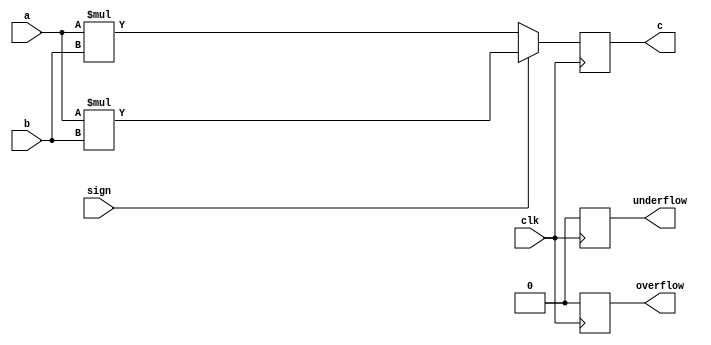
module fixed_point_mul
#(parameter i_p1=3,f_p1=4,
            i_p2=3,f_p2=4,
            i_p3=6,f_p3=8,
            o_ip=i_p1+i_p2,
            o_fp=f_p1+f_p2)
 (input clk,
  input [i_p1+f_p1-1:0] a,
  input [i_p2+f_p2-1:0] b,
  input sign,
  output reg overflow,
  output reg underflow,
  output [i_p3+f_p3-1:0] c );
  
  reg [o_ip+o_fp-1:0] temp_out;
  
  always@(posedge clk)
    begin
        if(sign)
            begin
                temp_out=$signed(a)*$signed(b);
            end
        else
            begin
                temp_out=a*b;
            end
            
    end
    
    always@(posedge clk)
        begin
            if(sign)
                begin
                   if(i_p3>=o_ip)begin
                        overflow=0;
                    end
                    else
                        begin
                        if (temp_out[o_ip+o_fp-1]==1)
                            overflow=~(&(temp_out[o_ip+o_fp-1:i_p3+o_fp]));
                        else
                            overflow=|temp_out[o_ip+o_fp-1:i_p3+o_fp]; 
                        end
                end
            else
                begin
                    if(i_p3 >= o_ip)
                        begin
                            overflow=0;
                        end
                    else
                        begin
                            overflow=|temp_out[o_ip+o_fp-1:i_p3+o_fp];
                        end
               end
          end
   always@(posedge clk)begin
        if(sign)
            begin
                if(f_p3>=o_fp)
                    begin
                        underflow=0;
                    end
                else
                    begin
                        if(temp_out[o_ip+o_fp-1==0])
                            underflow=|temp_out[o_fp-f_p3-1:0];
                        else
                            underflow=~(&temp_out[o_fp-f_p3-1:0]);
                    end
            end
        else
            begin
                if(f_p3>=o_fp)
                    underflow=0;
                else
                    begin
                        underflow=|(temp_out[o_fp-f_p3-1:0]);
                    end
            end
     end
     assign c=temp_out;
     
                            
            
                    
                    
                    
          
          
endmodule